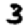
Digit: 3